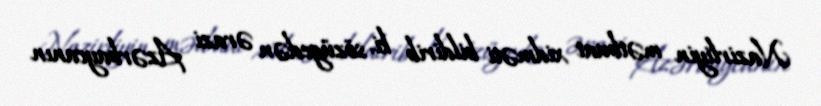
Nazirliyin mətbuat xidməti bildirib ki, sözügedən ərazi Azərbaycanın